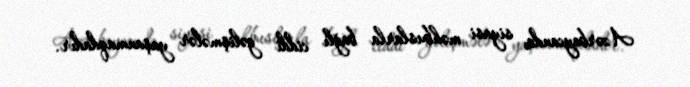
Azərbaycanda siyasi məhbuslarla bağlı ciddi gəlişmələr yaşanmaqdadır.